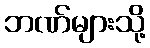
ဘဏ်များသို့